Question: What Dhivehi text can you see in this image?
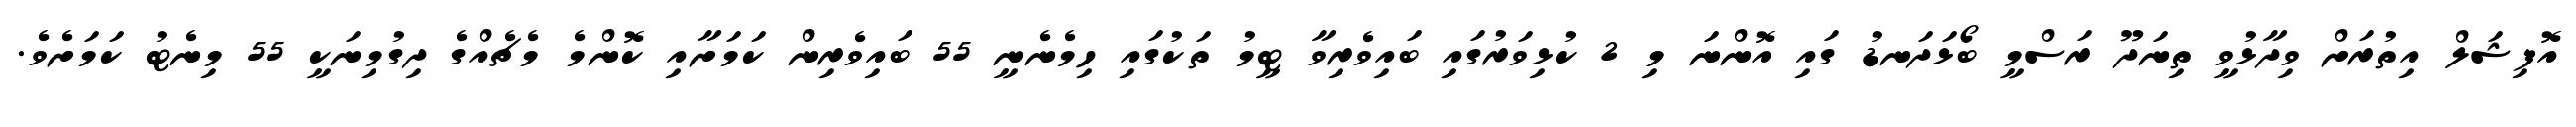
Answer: އޮފިޝަލް އިތުރަށް ވިދާޅުވީ ތިނަދޫ ރަސްމީ ބޯޅަދަނޑު ގައި އޮންނަ މި 2 ކުޅިވަރުގައި ބައިވެރިވާ ޓީމު ތަކުގައި ހިމެނެނީ 55 ބައިވެރިން ކަމަށާއި ކޮންމެ މެޗެއްގެ ދިގުމިނަކީ 55 މިނެޓު ކަމަށެވެ.